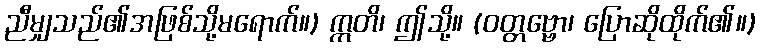
ညီမျှသည်၏အဖြစ်သို့မရောက်။) ဣတိ၊ ဤသို့။ (ဝတ္တဗ္ဗော၊ ပြောဆိုထိုက်၏။)